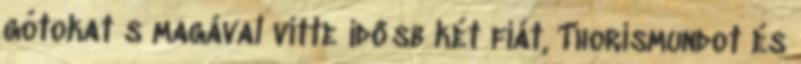
gótokat s magával vitte idősb két fiát, Thorismundot és